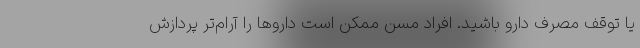
یا توقف مصرف دارو باشید. افراد مسن ممکن است داروها را آرام‌تر پردازش